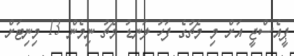
ޕީއެސްޖީ އަށް މި މެޗުގެ ފަހު ލަނޑު މެޗު ނިމެން 13 މިނިޓަށް